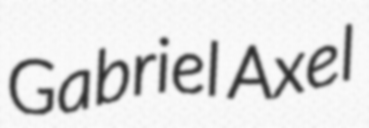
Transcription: Gabriel Axel